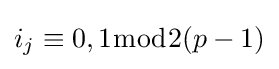
i_{j}\equiv 0,1{\bmod {2}}(p-1)